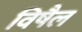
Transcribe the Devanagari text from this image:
विषैल